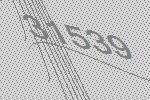
31539